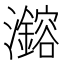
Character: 𪸆